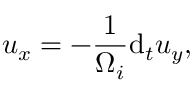
u _ { x } = - \frac { 1 } { \Omega _ { i } } \mathrm { d } _ { t } u _ { y } ,